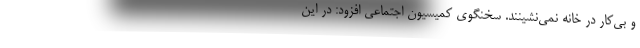
و بی‌کار در خانه نمی‌نشینند. سخنگوی کمیسیون اجتماعی افزود: در این